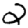
Digit: 2